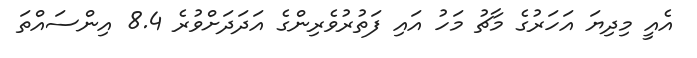
އެއީ މިދިޔަ އަހަރުގެ މާޗު މަހު އައި ފަތުރުވެރިންގެ އަދަދަަށްވުރެ 8.4 އިންސައްތަ